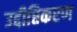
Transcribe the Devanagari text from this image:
उद्दीप्तिकरण